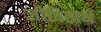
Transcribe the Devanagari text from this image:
जीवितार्थ